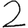
Digit: 2